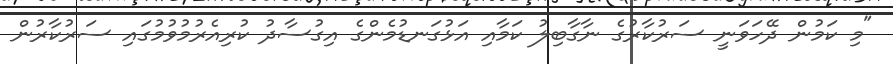
"މި ކަމުން ދޭހަވަނީ ސަރުކާރުގެ ނާގާބިލު ކަމާއި އަޅުގަނޑުމެންގެ އިގުސާދު ކުރިއެރުމުވުމުގައި ސަރުކާރުން